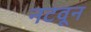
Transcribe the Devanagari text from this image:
नटवून